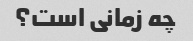
چه زمانی است؟